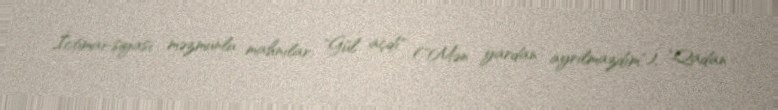
İctimai-siyasi məzmunlu mahnılar: "Gül açdı" ("Mən yardan ayrılmazdım"), "Qadan